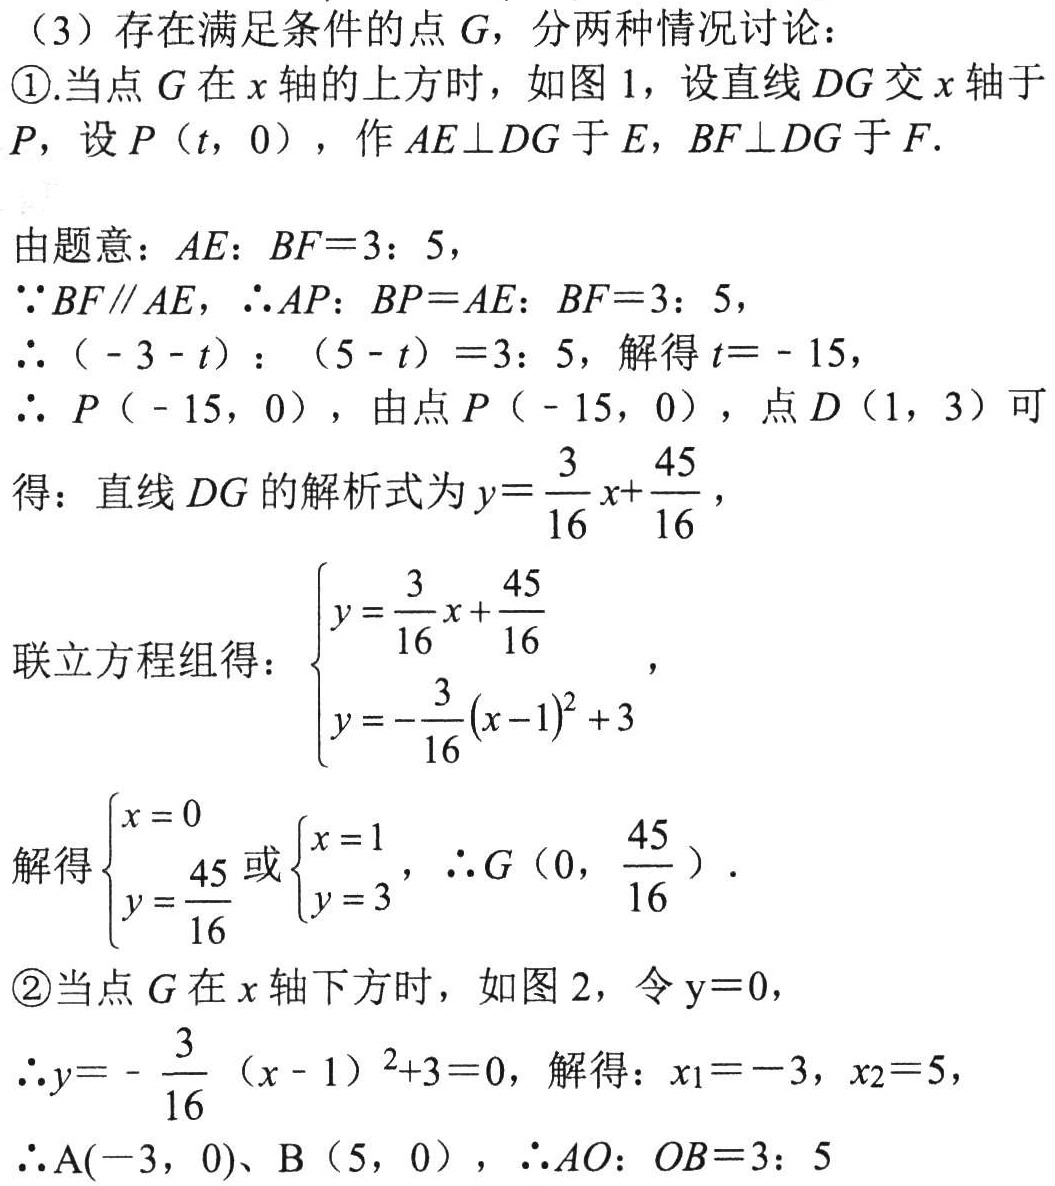
（3）存在满足条件的点 \(G\)，分两种情况讨论：
\textcircled{1}.当点 \(G\) 在 \(x\) 轴的上方时，如图 1，设直线 \(DG\) 交 \(x\) 轴于 \(P\)，设 \(P(t,0)\)，作 \(AE\perp DG\) 于 \(E\)，\(BF\perp DG\) 于 \(F\).
由题意：\(AE:BF = 3:5\)，
\(\because BF\parallel AE\)，\(\therefore AP:BP=AE:BF = 3:5\)，
\(\therefore (-3 - t):(5 - t)=3:5\)，解得 \(t=-15\)，
\(\therefore P(-15,0)\)，由点 \(P(-15,0)\)，点 \(D(1,3)\) 可得：直线 \(DG\) 的解析式为 \(y = \frac{3}{16}x+\frac{45}{16}\)，
联立方程组得：\(\begin{cases}y = \frac{3}{16}x+\frac{45}{16}\\y = -\frac{3}{16}(x - 1)^2+3\end{cases}\)，
解得\(\begin{cases}x = 0\\y=\frac{45}{16}\end{cases}\) 或 \(\begin{cases}x = 1\\y = 3\end{cases}\)，\(\therefore G(0,\frac{45}{16})\).
\textcircled{2}当点 \(G\) 在 \(x\) 轴下方时，如图 2，令 \(y = 0\)，
\(\therefore y=-\frac{3}{16}(x - 1)^2+3 = 0\)，解得：\(x_1=-3\)，\(x_2 = 5\)，
\(\therefore A(-3,0)\)、\(B(5,0)\)，\(\therefore AO:OB = 3:5\)